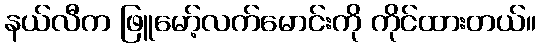
နယ်လီက ဖြူမော့်လက်မောင်းကို ကိုင်ထားတယ်။